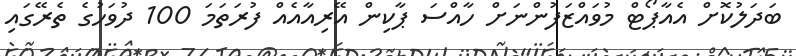
ބަދަލުކޮށް އެއާޕޯޓް މުވައްޒަފުންނަށް ހާއްސަ ޕާކިން އޭރިއާއެއް ފުރަތަމަ 100 ދުވަހުގެ ތެރޭގައި